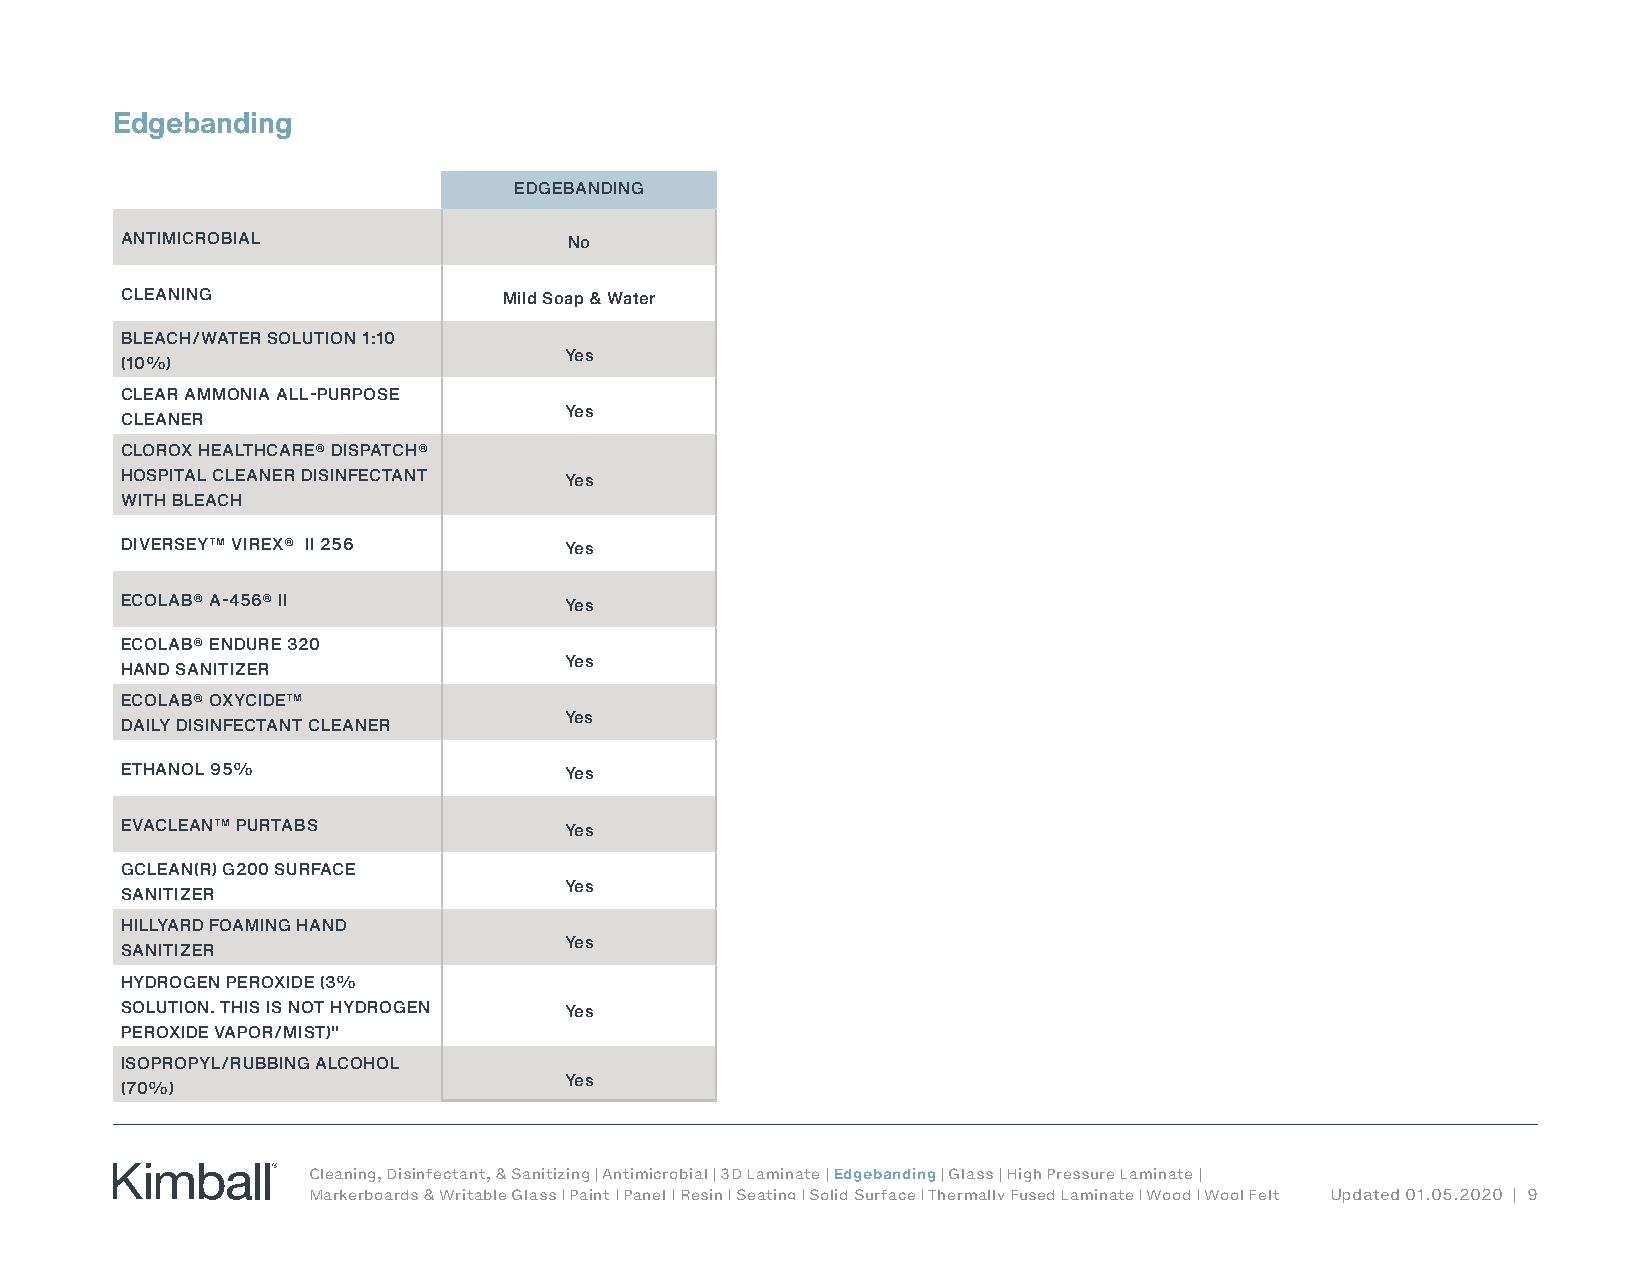
Edgebanding
 EDGEBANDING
 ANTIMICROBIAL                 No
 CLEANING                 Mild Soap & Water
 BLEACH/WATER SOLUTION 1:10
 Yes
 (10%)
 CLEAR AMMONIA ALL-PURPOSE
 Yes
 CLEANER
 CLOROX HEALTHCARE® DISPATCH®
 HOSPITAL CLEANER DISINFECTANT Yes
 WITH BLEACH
 DIVERSEY™ VIREX® II 256      Yes
 ECOLAB® A-456® II            Yes
 ECOLAB® ENDURE 320
 Yes
 HAND SANITIZER
 ECOLAB® OXYCIDE™
 Yes
 DAILY DISINFECTANT CLEANER
 ETHANOL 95%                  Yes
 EVACLEAN™ PURTABS            Yes
 GCLEAN(R) G200 SURFACE
 Yes
 SANITIZER
 HILLYARD FOAMING HAND
 Yes
 SANITIZER
 HYDROGEN PEROXIDE (3%
 SOLUTION. THIS IS NOT HYDROGEN Yes
 PEROXIDE VAPOR/MIST)"
 ISOPROPYL/RUBBING ALCOHOL
 Yes
 (70%)
 Cleaning, Disinfectant, & Sanitizing | Antimicrobial | 3D Laminate | Edgebanding | Glass | High Pressure Laminate |
 Markerboards & Writable Glass | Paint | Panel | Resin | Seating | Solid Surface | Thermally Fused Laminate | Wood | Wool Felt Updated 01.05.2020 | 9